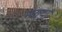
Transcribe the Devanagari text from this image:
नेवडा